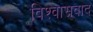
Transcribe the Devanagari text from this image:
विश्वासवाद